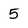
Character: 5